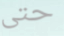
حتى